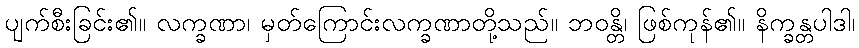
ပျက်စီးခြင်း၏။ လက္ခဏာ၊ မှတ်ကြောင်းလက္ခဏာတို့သည်။ ဘဝန္တိ၊ ဖြစ်ကုန်၏။ နိက္ခန္တပါဒါ၊